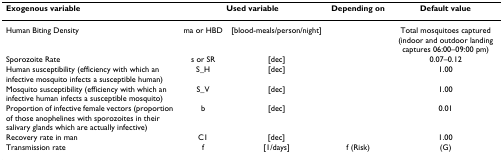
| Exogenous variable | <COLSPAN=2> Used variable | Depending on | Default value |
 | --- | --- | --- | --- | --- |
 | Human Biting Density | ma or HBD | [blood-meals/person/night] |  | Total mosquitoes captured (indoor and outdoor landing captures 06:00–09:00 pm) |
 | Sporozoite Rate | s or SR | [dec] |  | 0.07–0.12 |
 | Human susceptibility (efficiency with which an infective mosquito infects a susceptible human) | S_H | [dec] |  | 1.00 |
 | Mosquito susceptibility (efficiency with which an infective human infects a susceptible mosquito) | S_V | [dec] |  | 1.00 |
 | Proportion of infective female vectors (proportion of those anophelines with sporozoites in their salivary glands which are actually infective) | b | [dec] |  | 0.01 |
 | Recovery rate in man | C1 | [dec] |  | 1.00 |
 | Transmission rate | f | [1/days] | f (Risk) | (G) |